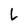
Character: L